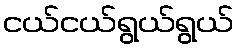
ငယ်ငယ်ရွယ်ရွယ်